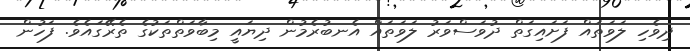
ދިވެހި ލަވަތައް ފަށައިގަތް ދުވަސްވަރު ލަވަތައް އެނބުރެމުން ދިޔައީ މިބާވަތްތަކުގެ ތެރޭގައެވެ. ފަހުން